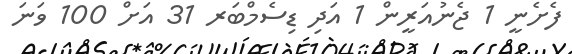
ފެށެނީ 1 ޖެނުއަރީން 1 އަދި ޑިސެމްބަރ 31 އަށް 100 ވަނަ